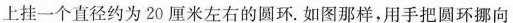
上挂一个直径约为20厘米左右的圆环。如图那样，用手把圆环挪向